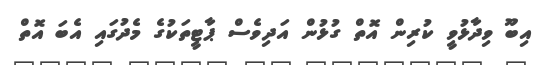
އިބޫ ވިދާޅުވީ ކުރިން އޮތް ގުޅުން އަދިވެސް ޕާޓީތަކުގެ މެދުގައި އެބަ އޮތް